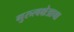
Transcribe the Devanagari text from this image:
गुरुत्वक्षेत्राचा